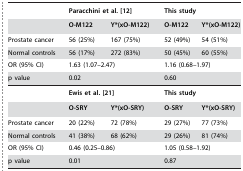
<table><thead><tr><td></td><td colspan="2"><b>Paracchini et al. [12]</b></td><td colspan="2"><b>This study</b></td></tr><tr><td></td><td><b>O-M122</b></td><td><b>Y*(xO-M122)</b></td><td><b>O-M122</b></td><td><b>Y*(xO-M122)</b></td></tr></thead><tbody><tr><td>Prostate cancer</td><td>56 (25%)</td><td>167 (75%)</td><td>52 (49%)</td><td>54 (51%)</td></tr><tr><td>Normal controls</td><td>56 (17%)</td><td>272 (83%)</td><td>50 (45%)</td><td>60 (55%)</td></tr><tr><td>OR (95% CI)</td><td colspan="2">1.63 (1.07–2.47)</td><td colspan="2">1.16 (0.68–1.97)</td></tr><tr><td>p value</td><td colspan="2">0.02</td><td colspan="2">0.60</td></tr><tr><td></td><td colspan="2"><b>Ewis et al. [21]</b></td><td colspan="2"><b>This study</b></td></tr><tr><td></td><td><b>O-SRY</b></td><td><b>Y*(xO-SRY)</b></td><td><b>O-SRY</b></td><td><b>Y*(xO-SRY)</b></td></tr><tr><td>Prostate cancer</td><td>20 (22%)</td><td>72 (78%)</td><td>29 (27%)</td><td>77 (73%)</td></tr><tr><td>Normal controls</td><td>41 (38%)</td><td>68 (62%)</td><td>29 (26%)</td><td>81 (74%)</td></tr><tr><td>OR (95% CI)</td><td colspan="2">0.46 (0.25–0.86)</td><td colspan="2">1.05 (0.58–1.92)</td></tr><tr><td>p value</td><td colspan="2">0.01</td><td colspan="2">0.87</td></tr></tbody></table>